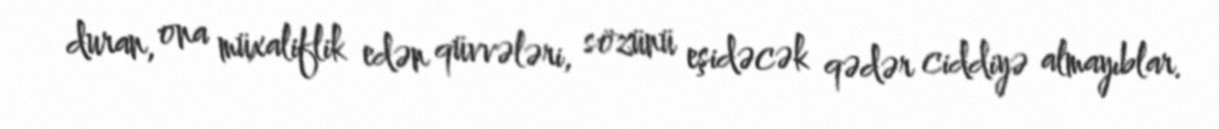
duran, ona müxaliflik edən qüvvələri, sözünü eşidəcək qədər ciddiyə almayıblar.